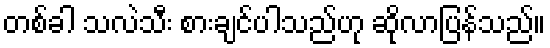
တစ်ခါ သလဲသီး စားချင်ပါသည်ဟု ဆိုလာပြန်သည်။